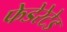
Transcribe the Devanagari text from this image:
फेडेरेटेड